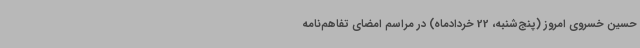
حسین خسروی امروز (پنج‌شنبه، 22 خردادماه) در مراسم امضای تفاهم‌نامه